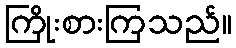
ကြိုးစားကြသည်။